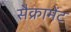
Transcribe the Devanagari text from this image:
सैक्रामेंट